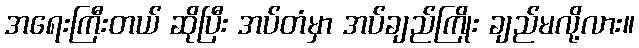
အရေးကြီးတယ် ဆိုပြီး အပ်တံမှာ အပ်ချည်ကြိုး ချည်မလို့လား။